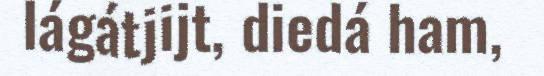
lágátjijt, diedá ham,